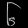
Digit: ၆